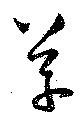
草